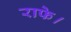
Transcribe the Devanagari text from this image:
राफे।